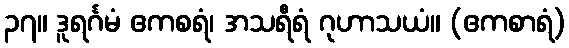
၃၇။ ဒူရင်္ဂမံ ဧကစရံ၊ အသရီရံ ဂုဟာသယံ။ (ဧကစာရံ)